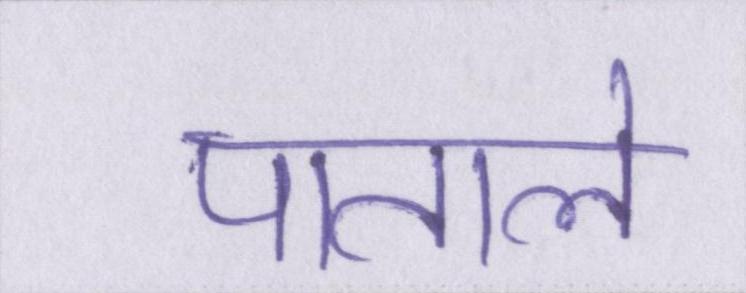
पाताले